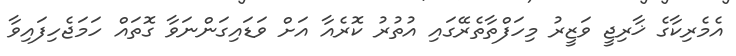
އެމެރިކާގެ ޚާރިޖީ ވަޒީރު މިހަފްތާތެރޭގައި އުތުރު ކޮރެއާ އަށް ވަޑައިގަންނަވާ ގޮތައް ހަމަޖެހިފައިވާ